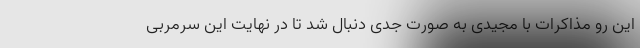
این رو مذاکرات با مجیدی به صورت جدی دنبال شد تا در نهایت این سرمربی